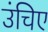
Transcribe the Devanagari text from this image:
उंचिए